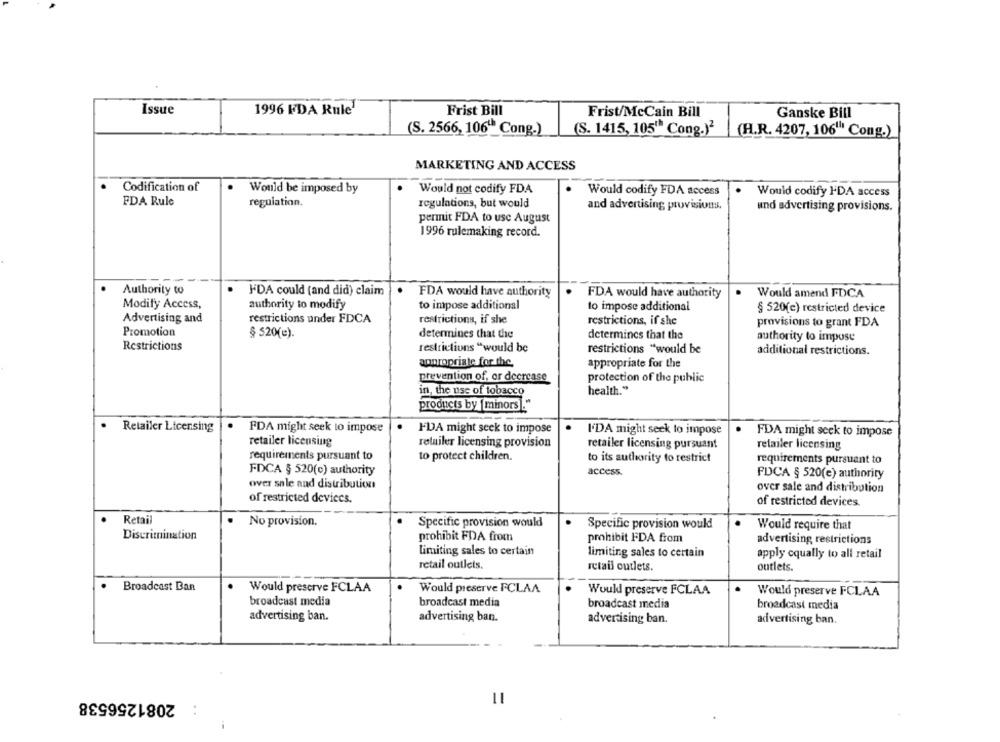
Issue
1996 FDA Rule1
Frist Bill
Frist/McCain Bill
Ganske Bill
(S. 2566, 106" Cong.)
(S. 1415, 105" Cong.)2
(H.R. 4207, 106"" Cong.)
MARKETING AND ACCESS
Codification of
Would be imposed by
Would not codify FDA
Would codify FDA access
Would codify FDA access
FDA Rule
regulation.
regulations, but would
and advertising provisions.
und advertising provisions.
permit FDA to use August
1996 rulemaking record.
Authority to
"DA could (and did) claim
FDA would have authority
FDA would have authority
Would amend FDCA
Modify Access,
authority to modify
to impose additional
to impose additional
§ 520(c) restricted device
Advertising and
restrictions under FDCA
restrictions, if she
restrictions, if she
provisions to grant FDA
Promotion
§ 520(e).
determines that the
determines that the
authority to impose
Restrictions
restrictions "would be
restrictions "would be
additional restrictions.
appropriate for the.
appropriate for the
prevention of, or decrease
protection of the public
in, the use of tobacco
health."
products by [minors]."
Retailer Licensing
FDA might seek to impose
IDA might seek to impose
I'DA might seek to impose
FDA might seek to impose
retailer licensing
retailer licensing provision
retailer licensing pursuant
retailer licensing
requirements pursuant to
to protect children.
to its authority to restrict
requirements pursuant to
FDCA § 520(c) authority
access.
FDCA § 520(e) authority
over sale and distribution
over sale and distribution
of restricted devices.
of restricted devices.
Retail
No provision.
Specific provision would
Specific provision would
Would require that
Discrimination
prohibit FDA from
prohibit FDA from
advertising restrictions
limiting sales to certain
limiting sales to certain
apply equally to all retail
retail outlets.
retail outlets.
outlets.
Broadcast Ban
.
Would preserve FCLAA
Would preserve FCLAA
Would preserve FCLAA
Would preserve FCLAA
broadcast media
broadcast media
broadcast media
broadcast media
advertising ban.
advertising ban.
advertising ban.
advertising ban.
2081256538